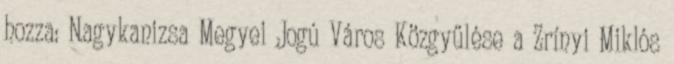
hozza: Nagykanizsa Megyei Jogú Város Közgyűlése a Zrínyi Miklós